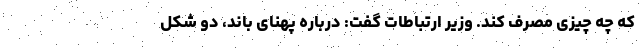
که چه چیزی مصرف کند. وزیر ارتباطات گفت: درباره پهنای باند، دو شکل